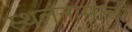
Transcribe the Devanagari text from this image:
स्थलनामाची